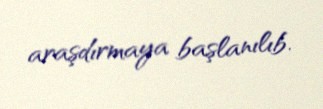
araşdırmaya başlanılıb.